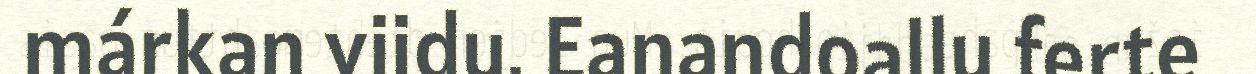
márkan viidu. Eanandoallu ferte